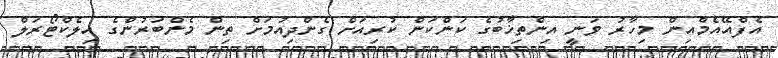
އެފްއޭއެމްއިން މިހާރު ވަނީ އިންތިޚާބުގެ ކަންކަން ކުރިއަށް ގެންދިއުމަށް ތިން މެންބަރުންގެ އިލެކްޓޯރަލް